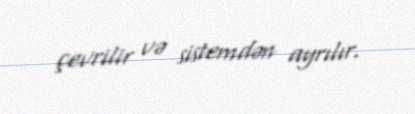
çevrilir və sistemdən ayrılır.